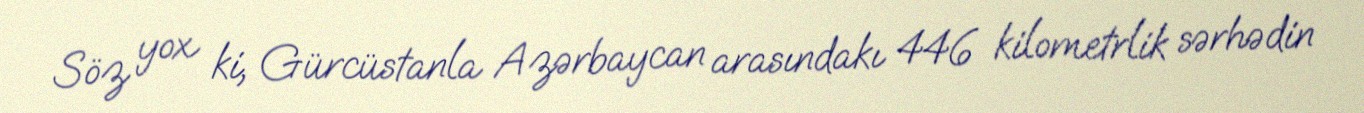
Söz yox ki, Gürcüstanla Azərbaycan arasındakı 446 kilometrlik sərhədin